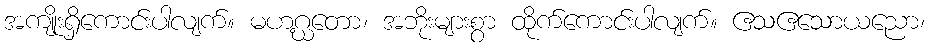
အကျိုးရှိကောင်းပါလျက်။ မဟဂ္ဃတော၊ အဘိုးများစွာ ထိုက်ကောင်းပါလျက်။ ဧသဧသောယညော၊